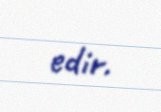
edir.